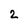
Character: 2